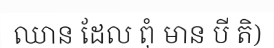
ឈាន ដែល ពុំ មាន បី តិ)